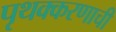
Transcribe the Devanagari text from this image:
पृथक्करणाची